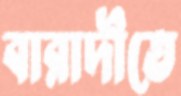
বারাদীতে